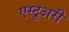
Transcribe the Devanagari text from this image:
एस्टूअरी